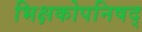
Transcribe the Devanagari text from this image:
भिक्षकोपनिषद्